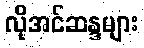
လိုအင်ဆန္ဒများ